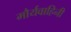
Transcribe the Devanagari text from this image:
मौर्यवाहिनी